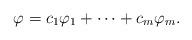
LaTeX: \begin{align*}\varphi=c_1\varphi_1+\cdots+c_m\varphi_m.\end{align*}